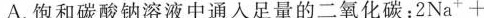
A.饱和碳酸钠溶液中通入足量的二氧化碳：$$2Na^{+}+$$